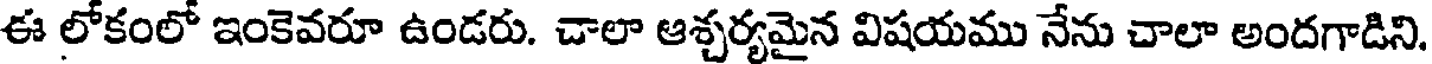
ఈ లోకంలో ఇంకెవరూ ఉండరు. చాలా ఆశ్చర్యమైన విషయము నేను చాలా అందగాడిని